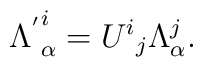
{\Lambda^{'}}^{i}_{\alpha}={U^{i}}_{j}\Lambda^{j}_{\alpha}.